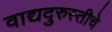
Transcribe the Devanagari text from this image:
वाद्यदुरुस्तीचे